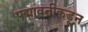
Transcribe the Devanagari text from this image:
पद्मावतीकडून